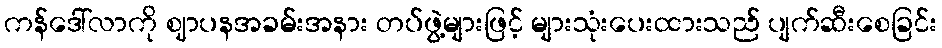
ကန်ဒေါ်လာကို ဈာပနအခမ်းအနား တပ်ဖွဲ့များဖြင့် များသုံးပေးထားသည် ပျက်ဆီးစေခြင်း